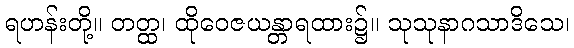
ရဟန်းတို့။ တတ္ထ၊ ထိုဝေဇယန္တာရထား၌။ သုသုနာဂသာဒိသေ၊